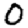
Digit: 0